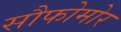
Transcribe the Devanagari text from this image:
सौफोमोर